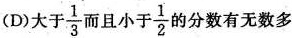
(D)大于\frac{1}{3}而且小于\frac{1}{2}的分数有无数多